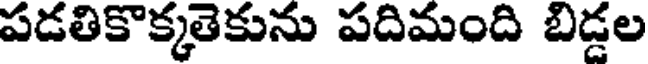
పడతికొక్కతెకును పదిమంది బిడ్డల